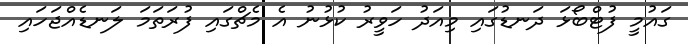
ގައުމީ ފުޓްބޯޅަ ދަނޑުގައި މިއަދު ހަވީރު ކުޅުނު އެ މެޗްގައި ފުރަތަމަ ލަނޑެއްޖަހައި